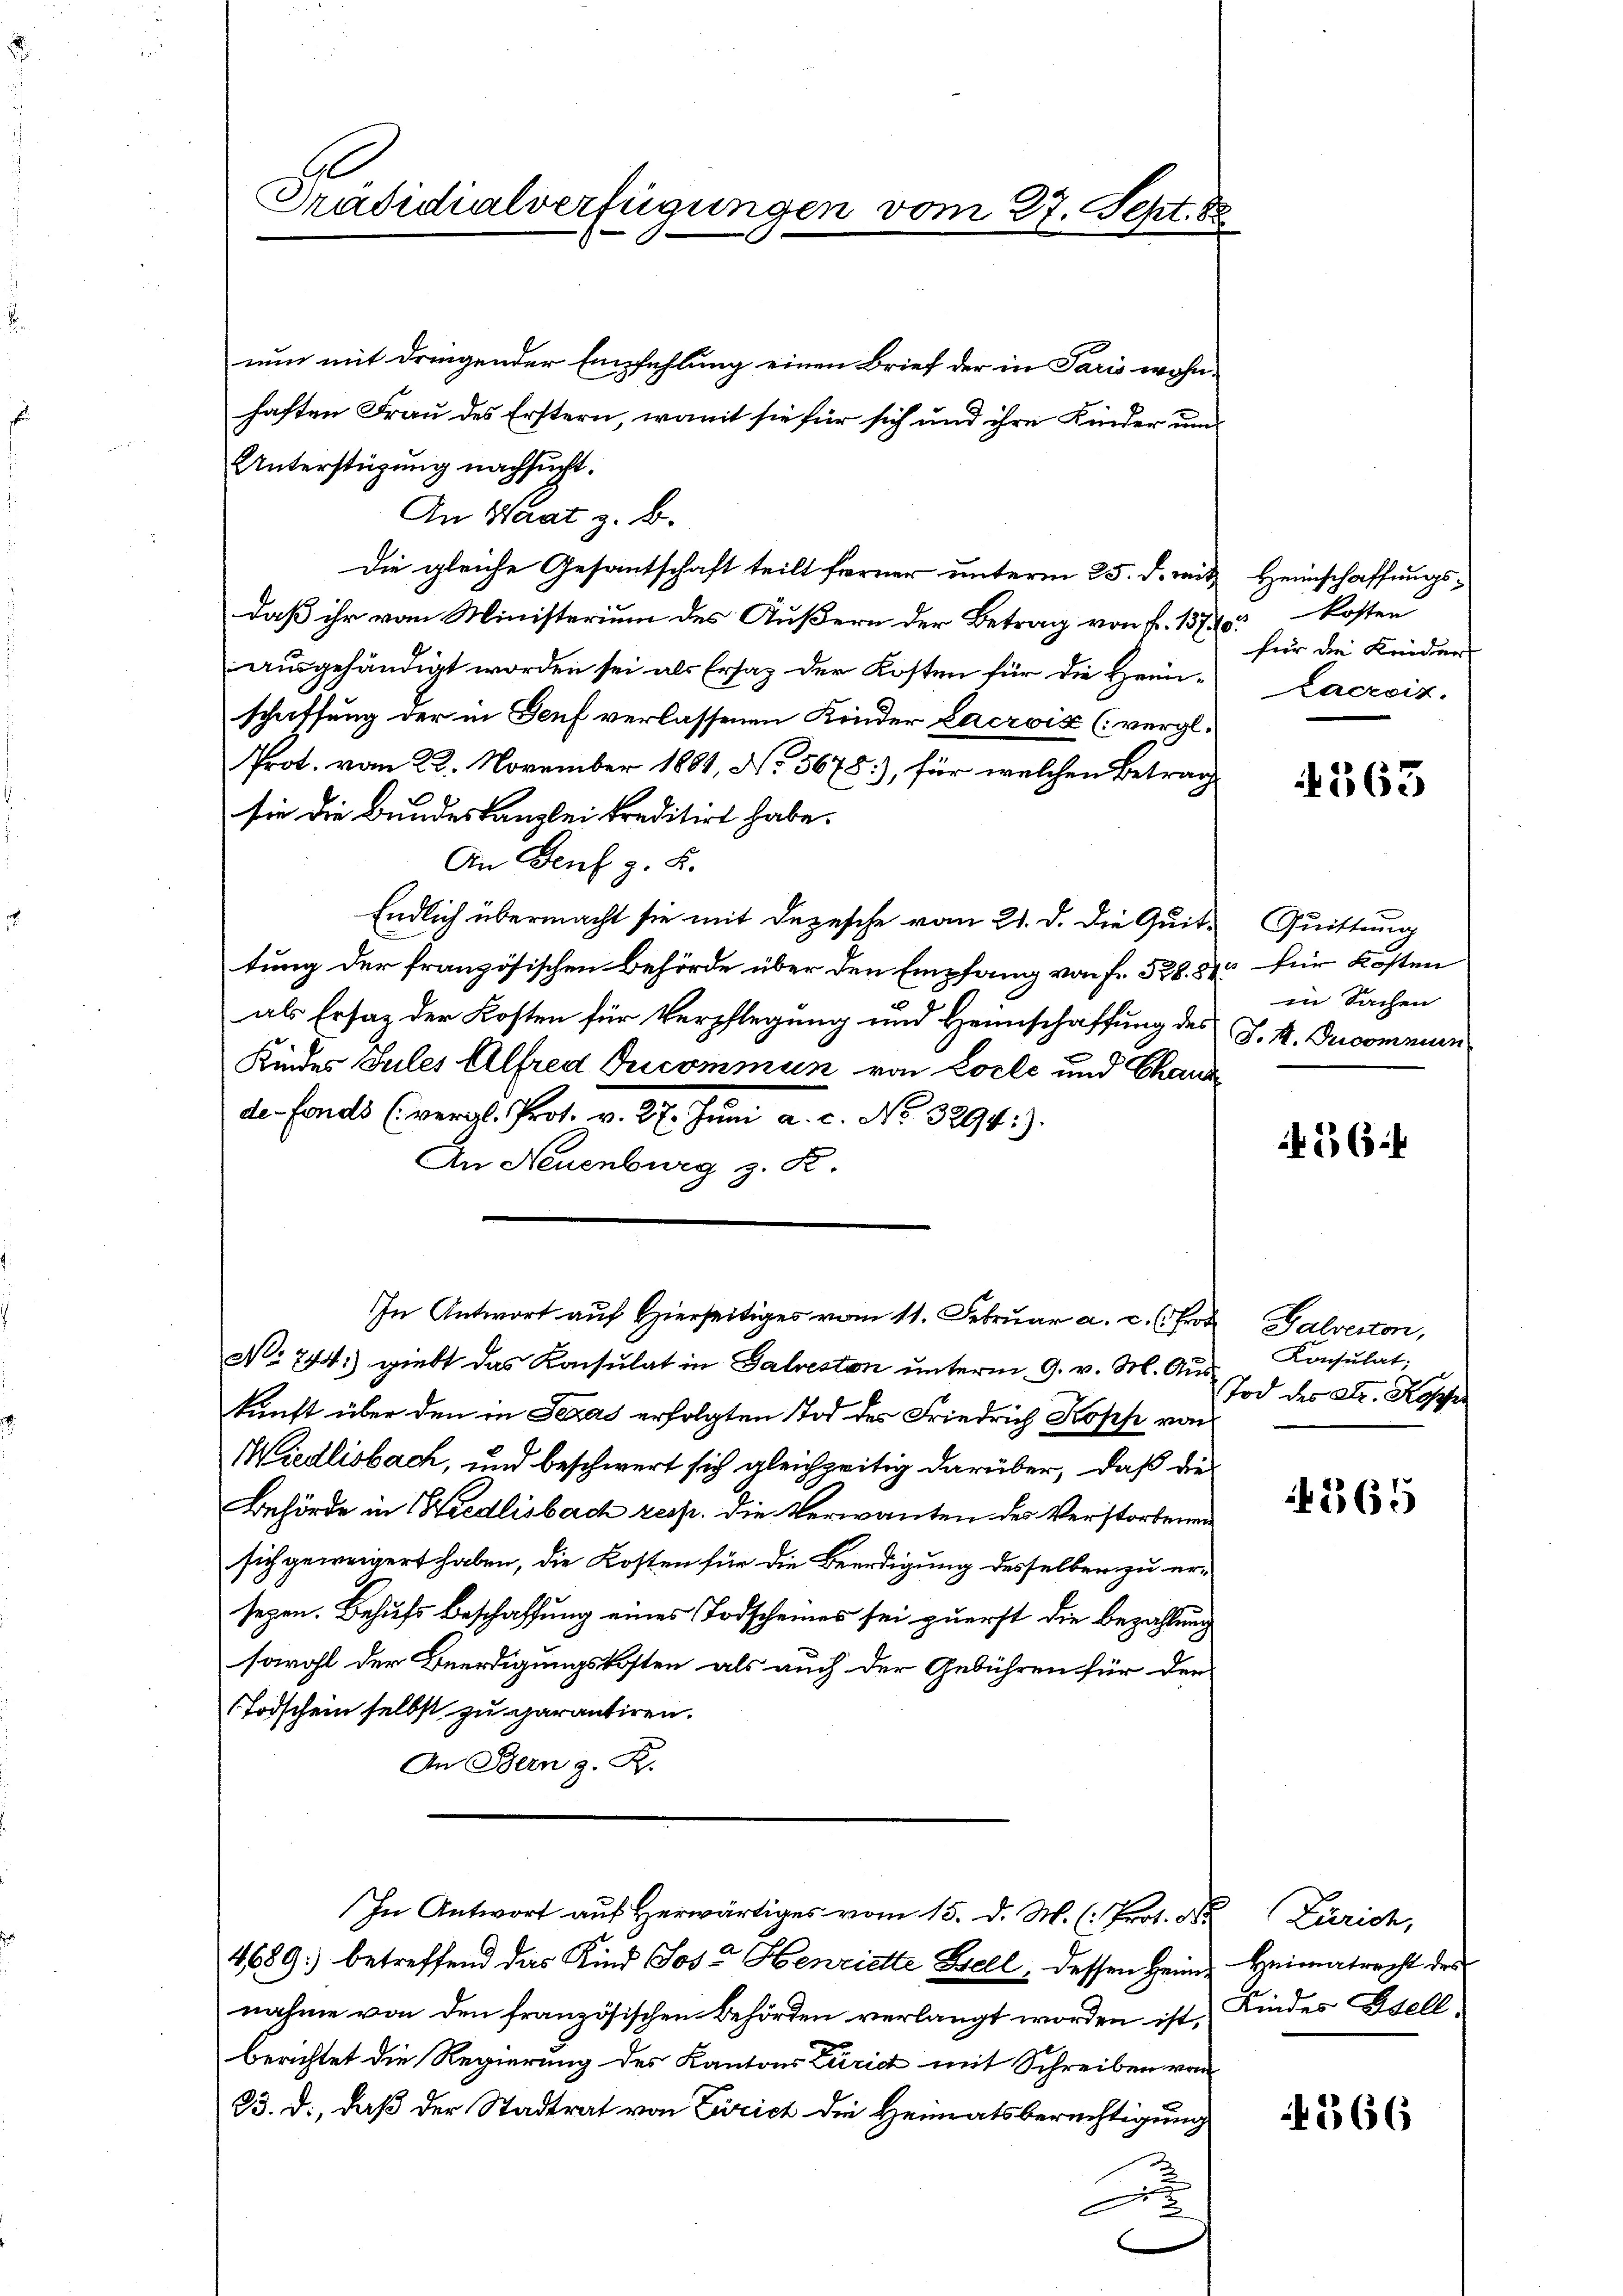
A
Präsidialverfügungen vom 27. Sept. 88

nun mit dringender Empfehlung einen Brief der in Paris wohnhaften Frau des Erstern, womit sie für sich und ihre Kinder um
Unterstüzung nachsucht.
An Saat z. B.
Die gleiche Gesantschaft teilt ferner unterm 25. d. mit
daß ihr vom Ministerium des Äußern der Betrag von f. 1570 kosten
ausgehändigt worden sei als Ersatz der Kosten für die Heimschaffung der in Senf verlassenen Kinder Lacroix (vergl.
Prot. vom 22. November 1881, No 5675), für welchen Betrag
sie die Bundeskanzlei kreditirt habe.
An Genf g. K.
Endlich übermacht sie mit Depesche vom 21. d. die Quit.
tung der französischen Behörde über den Empfang von fr. 528. 84
als Ersatz der Kosten für Verpflegung und Heimschaffung des
Kindes Jules Alfred Tricommun von Loele und Chaus
defonds (vergl. Prot. v. 27. Jŭni a. c. No. 3294:)
An Neuenburg z. R.
In Antwort auf Hierseitiges vom 11. Februar a. c. (Prof. Galverton,
No 744:) giebt das Konsulat in Galveston unterm 9. v. M. Aus
kunft über den in Seras erfolgten Tod des Friedrich Kopp von
Miedlisbach, und beschwert sich gleichzeitig darüber, daß die
Behörde in Wiedlisbach resp. die Verwanten des Verstorbenen
sich geweigert haben, die Kosten für die Beerdigung desselben zu er-
sezen. Behufs Beschaffung eines Todscheines sei zuerst die Bezahlung
sowohl der Beerdigungskosten als auch der Gebühren für den
(Todschein selbst zu garantiren.
An Bern z. R.
In Antwort aŭf herwärtiges vom 15. d. M. (: Prot. Dr. Zürich,
4689) betreffend das Kind Jos. Henriette Fell, dessen Heim Heimatrecht des
nahme von den französischen Behörden verlangt worden ist,
berichtet die Regierung des Kantons Zürich mit Schreiben von
25. d., daß der Stadtrat von Zürich die Heimatsberechtigung
e

e

Heimschaffungsfür die Leider
Lacroiz.

363

Quittung
o für Kosten
in Sachen
J. M. Ducommun

564

Konsulat.
Tod der Dr. Kosten

4365

Kindes Stell

366